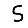
Digit: 5